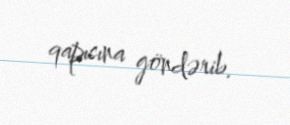
qapısına göndərib.